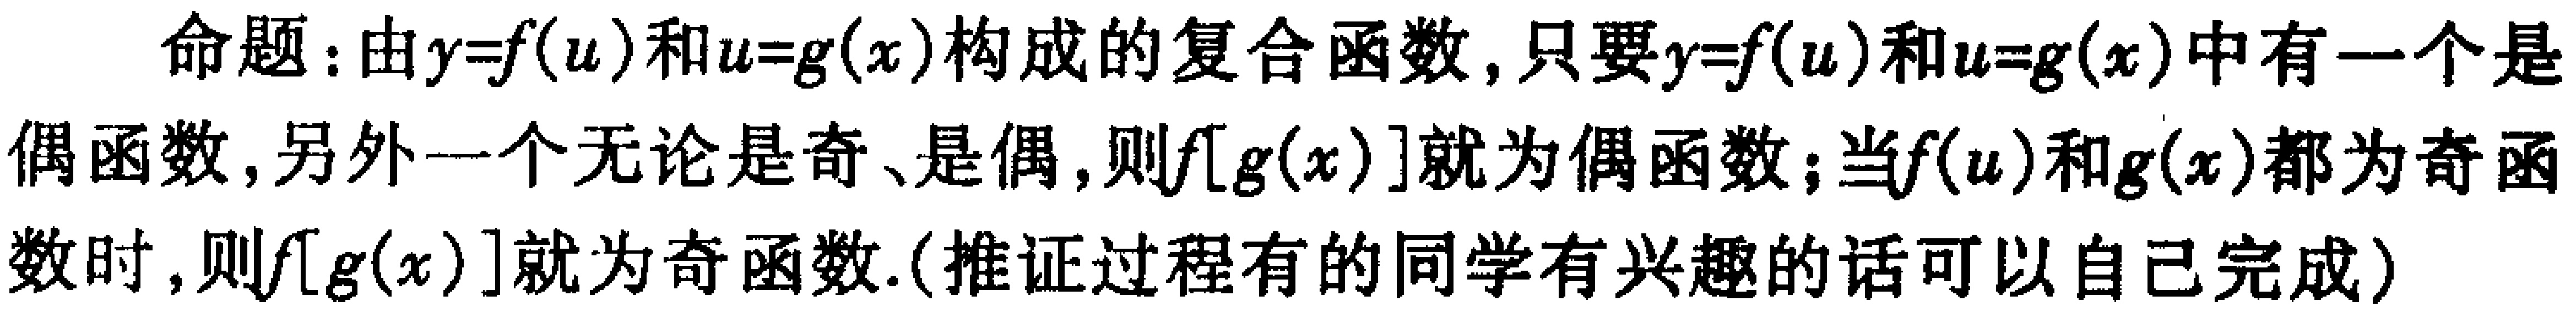
命题：由\(y = f(u)\)和\(u = g(x)\)构成的复合函数，只要\(y = f(u)\)和\(u = g(x)\)中有一个是偶函数，另外一个无论是奇、是偶，则\(f[g(x)]\)就为偶函数；当\(f(u)\)和\(g(x)\)都为奇函数时，则\(f[g(x)]\)就为奇函数.(推证过程有的同学有兴趣的话可以自己完成)